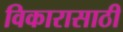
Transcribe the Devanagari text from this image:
विकारासाठी